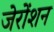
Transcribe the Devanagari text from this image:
जेरोंशन